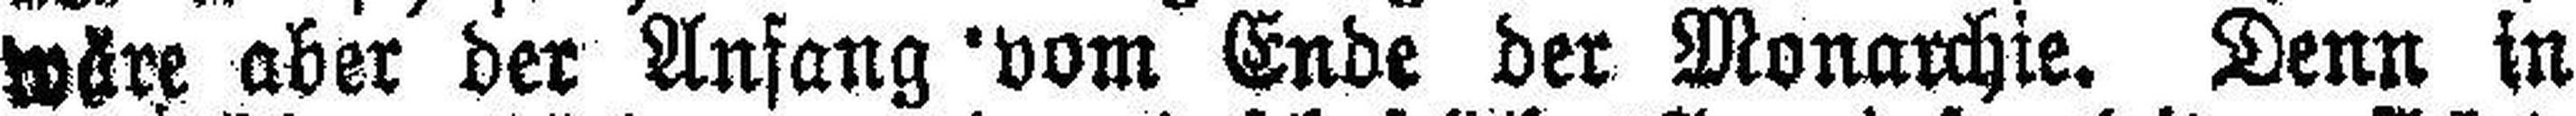
wäre aber der Anfang vom Ende der Monarchie. Denn in